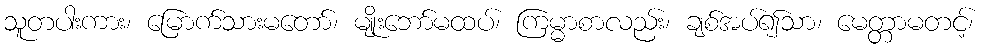
သူတပါးကား၊ မြောက်သားမတော်၊ မျိုးဘော်မထပ်၊ ကြမ္မာစာလည်း၊ ချစ်အပ်၍သာ၊ မေတ္တာမတင့်၊